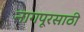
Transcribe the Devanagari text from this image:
नागपूरसाठी